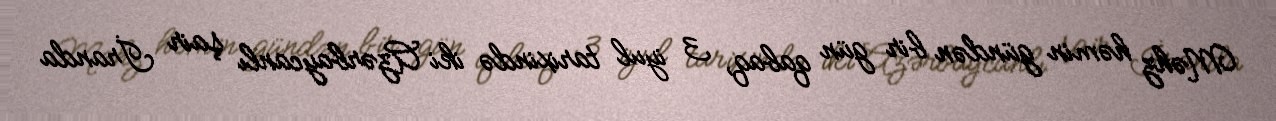
Məhz həmin gündən bir gün qabaq, 3 iyul tarixində iki Azərbaycanlı şair İranda